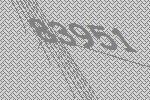
83951